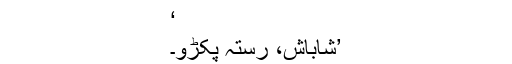
‘
’شاباش، رستہ پکڑو۔